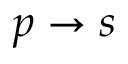
{ p \rightarrow s }